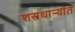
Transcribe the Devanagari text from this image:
शस्त्रधार्‍यांत